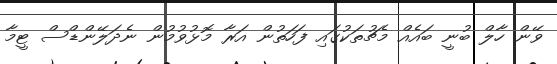
ވޭން ހާލް ބުނީ ބައެއް މެޗުތަކުގައި ފަހަތުން އަރާ މޮޅުވުމުން ނެދަލޭންޑްސް ޓީމާ